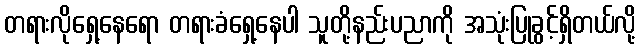
တရားလိုရှေ့နေရော တရားခံရှေ့နေပါ သူတို့နည်းပညာကို အသုံးပြုခွင့်ရှိတယ်လို့